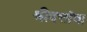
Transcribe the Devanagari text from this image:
श्रीदत्तांचा